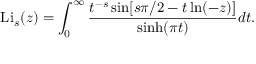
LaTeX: \operatorname { L i } _ { s } ( z ) = \int _ { 0 } ^ { \infty } { \frac { t ^ { - s } \sin [ s \pi / 2 - t \ln ( - z ) ] } { \sinh ( \pi t ) } } d t .